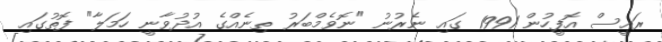
ރައީސް އޮފީހުން 1991 ގައި ނެރުނު "ނޮވެމްބަރު ތިނެއްގެ އުދުވާނީ ހަމަލާ" ފޮތުގައި